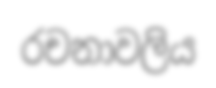
රචනාවලිය